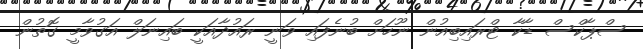
ސްޕާކްސް ޑާކާ ޓްރައިބިއުން ނޫހަށް ބުނެފައި ވަނީ ރައުދާއަކީ ބައިނަލް އަގުވާމީ ގޮތުން